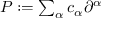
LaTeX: \textstyle P : = \sum _ { \alpha } c _ { \alpha } \partial ^ { \alpha }